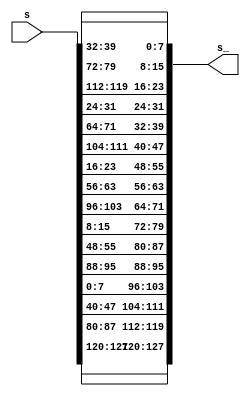
// 
// Designer: P76111783
//
module ShiftRows(
    input [127:0] s,
    output  [127:0] s_
    );

    assign s_[127:120] = s[127:120];
    assign s_[95:88] = s[95:88];    
    assign s_[63:56] = s[63:56];
    assign s_[31:24] = s[31:24];

    assign s_[119:112] = s[87:80];
    assign s_[87:80] = s[55:48];
    assign s_[55:48] = s[23:16];
    assign s_[23:16] = s[119:112];

    assign s_[111:104] = s[47:40];
    assign s_[79:72] = s[15:8];
    assign s_[47:40] = s[111:104];
    assign s_[15:8] = s[79:72];

    assign s_[103:96] = s[7:0];
    assign s_[71:64] = s[103:96];
    assign s_[39:32] = s[71:64];
    assign s_[7:0] = s[39:32];
endmodule